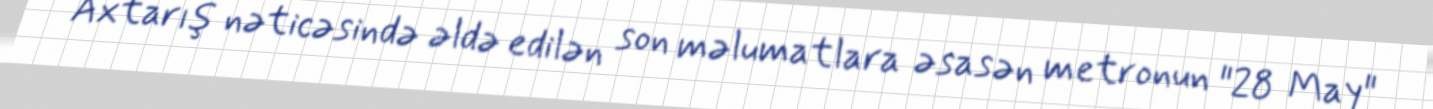
Axtarış nəticəsində əldə edilən son məlumatlara əsasən metronun "28 May"